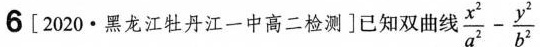
6[2020·黑龙江牡丹江一中高二检测]已知双曲 $$\frac { x ^ { 2 } } { a ^ { 2 } } - \frac { y ^ { 2 } } { b ^ { 2 } }